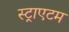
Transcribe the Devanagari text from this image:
स्ट्राएटम